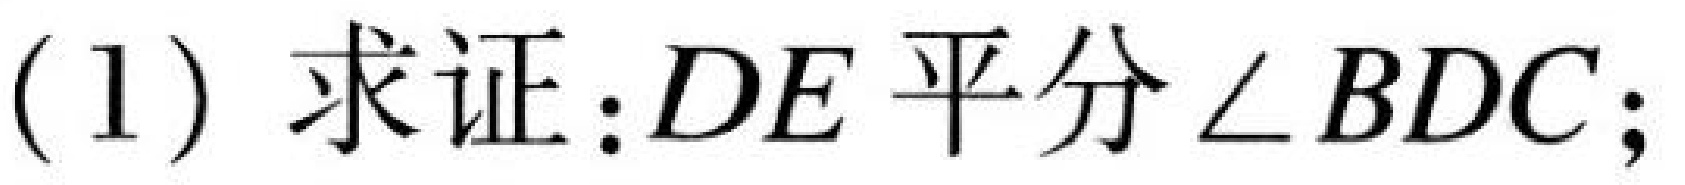
(1) 求证：\(DE\) 平分 \(\angle BDC\)；